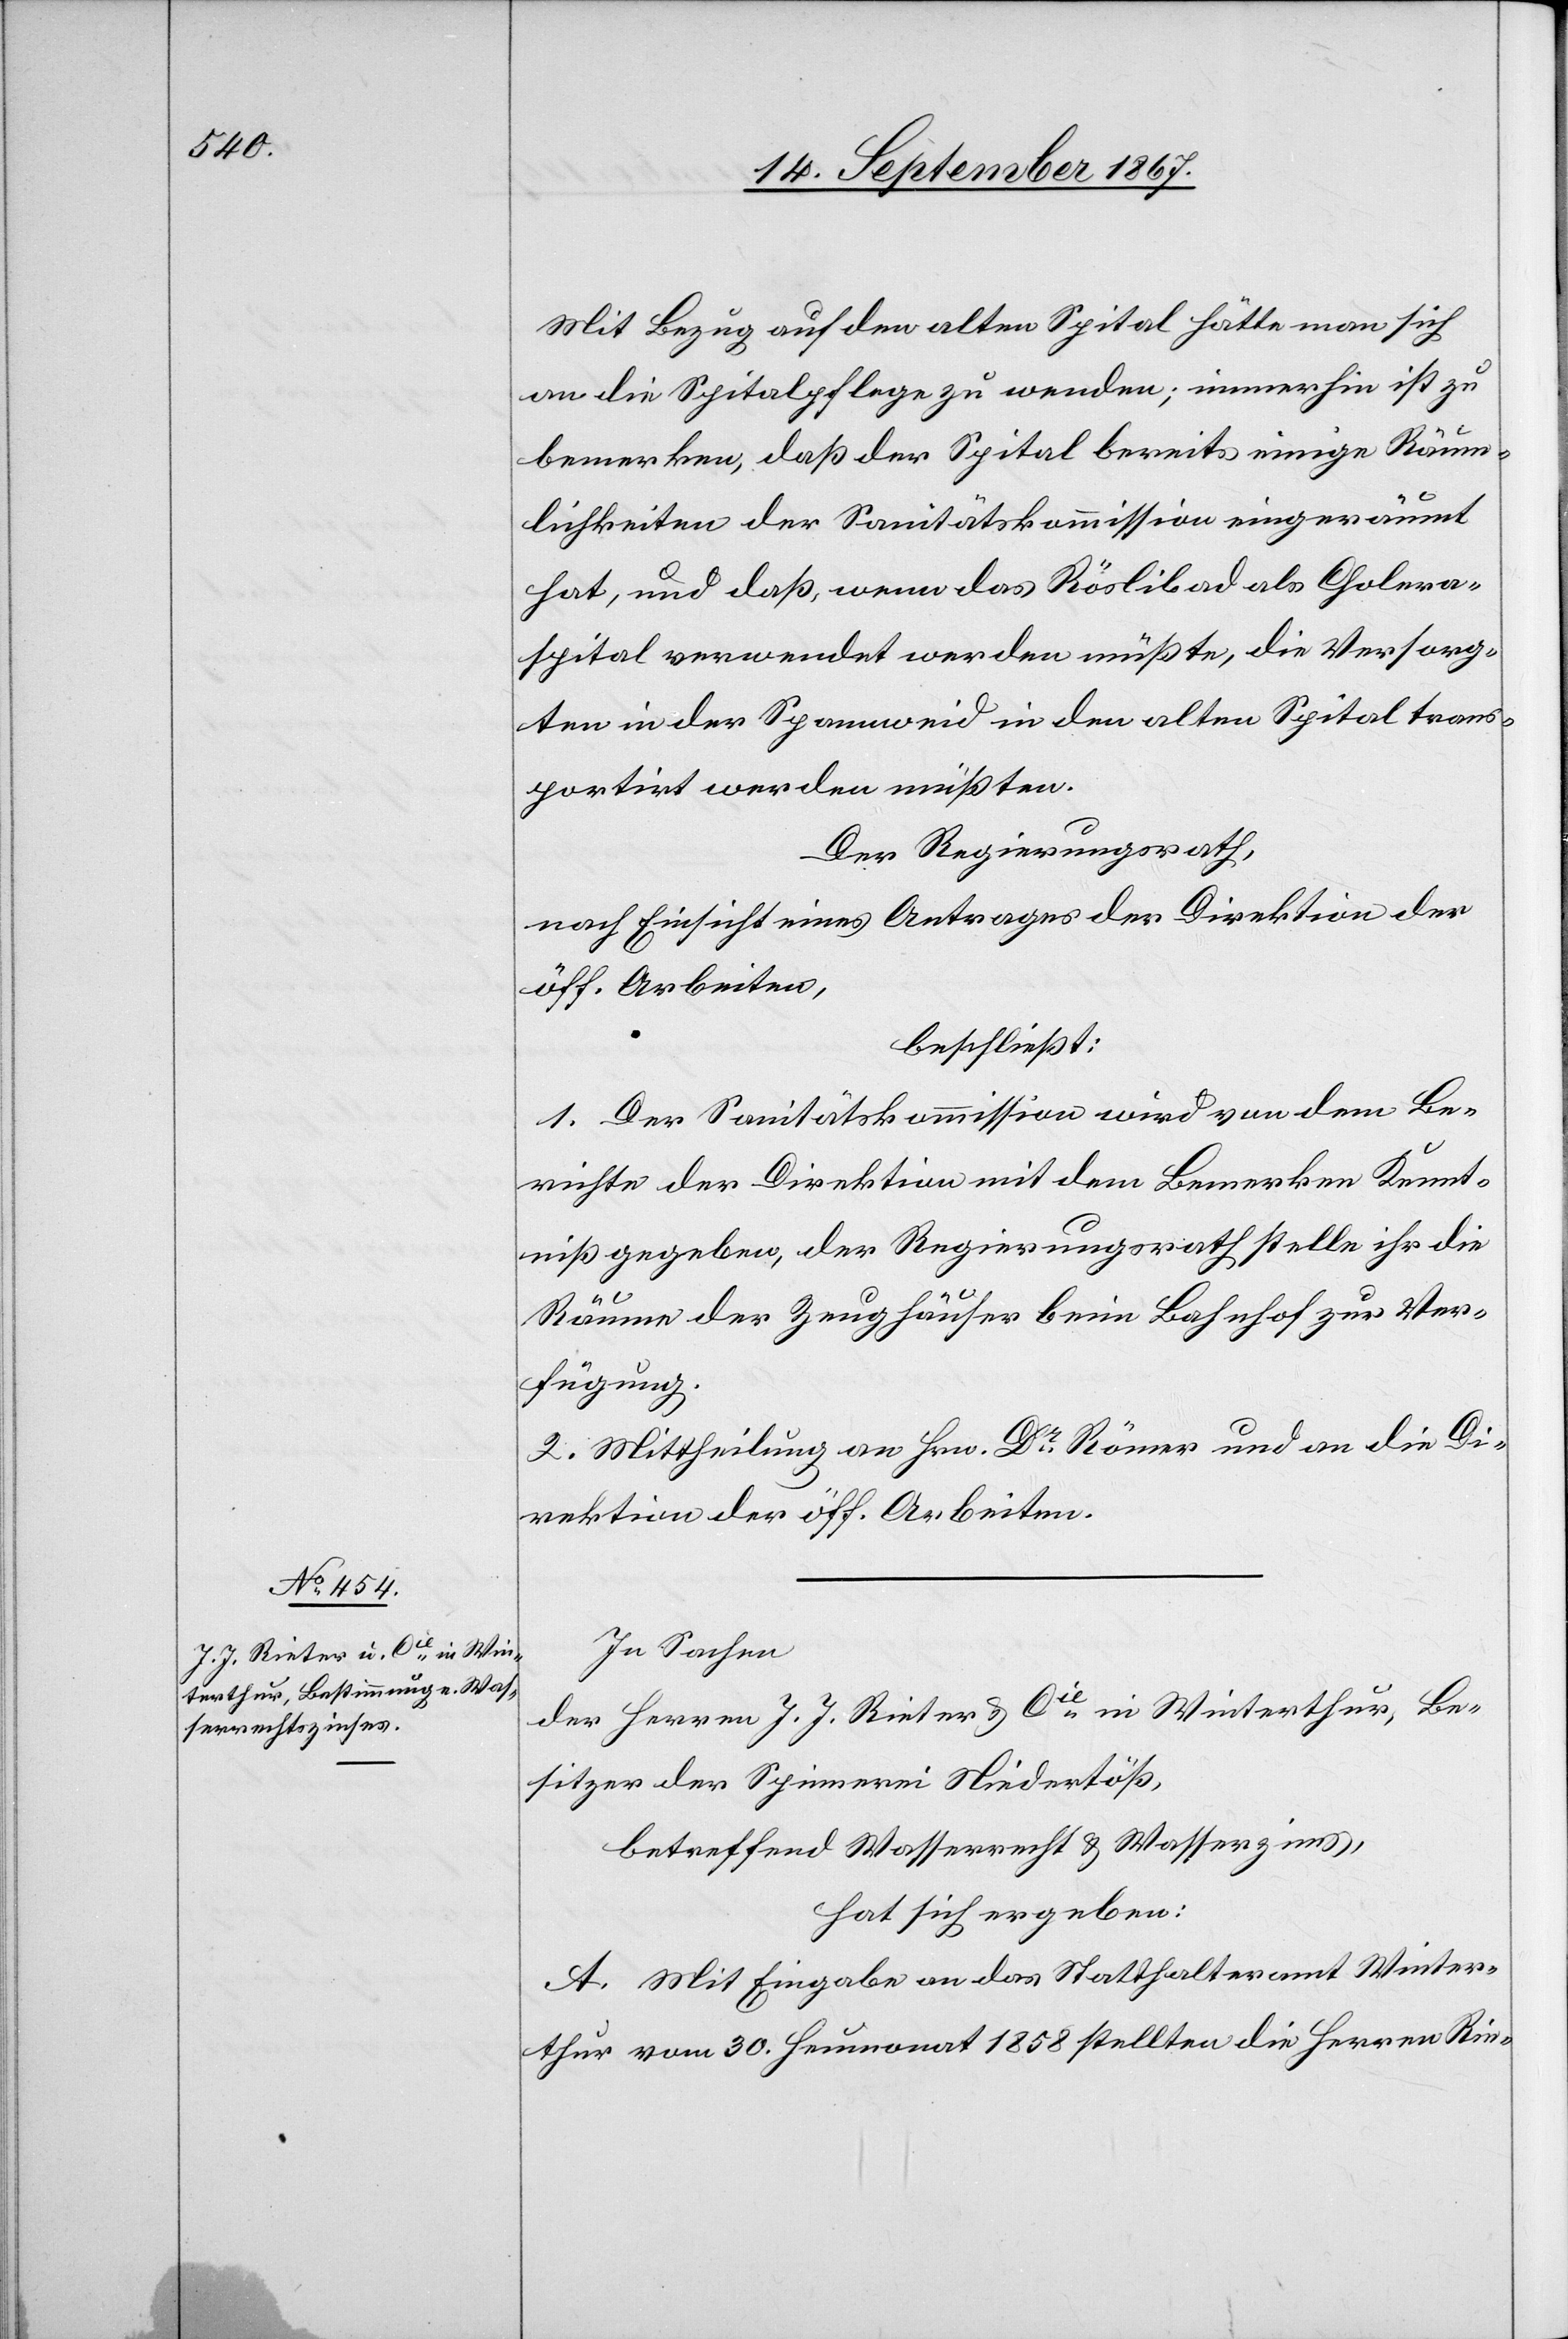
Mit Bezug auf den alten Spital hätte man sich
an die Spitalpflege zu wenden; immerhin ist zu
bemerken, daß der Spital bereits einige Räum¬
lichkeiten der Sanitätskommission eingeräumt
hat, und daß, wenn das Röslibad als Cholera¬
spital verwendet werden müßte, die Versorg¬
ten in der Spannweid in den alten Spital trans¬
portirt werden müßten.
Der Regierungsrath,
nach Einsicht eines Antrages der Direktion der
öff. Arbeiten,
beschließt:
1. Der Sanitätskommission wird von dem Be¬
richte der Direktion mit dem Bemerken Kennt¬
niß gegeben, der Regierungsrath stelle ihr die
Räume der Zeughäuser beim Bahnhof zur Ver¬
fügung.
2. Mittheilung an Hrn. Dr. Römer und an die Di¬
rektion der öff. Arbeiten.
In Sachen
der Herren J. J. Rieter u. Cie. in Winterthur, Be¬
sitzer der Spinnerei Niedertöß,
betreffend Wasserrecht u. Wasserzins,
hat sich ergeben:
A. Mit Eingabe an das Statthalteramt Winter¬
thur vom 30. Heumonat 1858 stellten die Herren Rie-